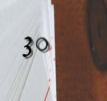
30